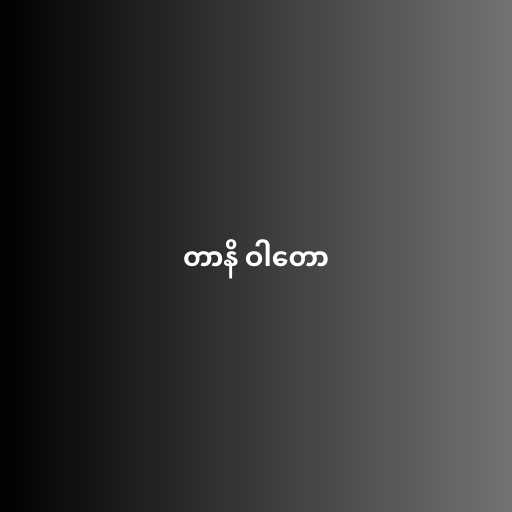
တာနိ ဝါတော